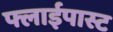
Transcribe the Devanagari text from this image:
फ्लाईपास्ट